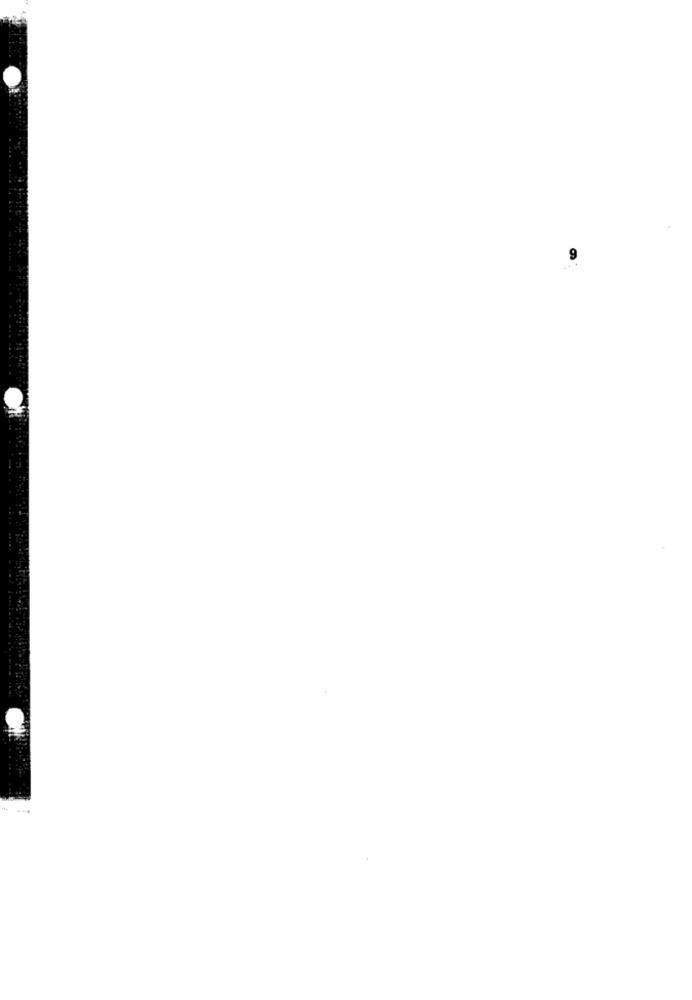
...